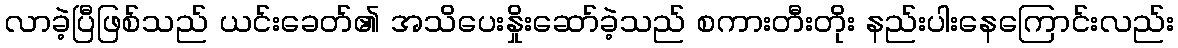
လာခဲ့ပြီဖြစ်သည် ယင်းခေတ်၏ အသိပေးနှိုးဆော်ခဲ့သည် စကားတီးတိုး နည်းပါးနေကြောင်းလည်း